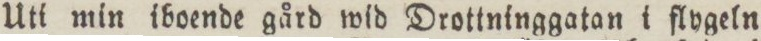
Uti min iboende gård wid Drottninggatan i flygeln